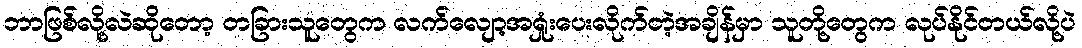
ဘာဖြစ်လို့လဲဆိုတော့ တခြားသူတွေက လက်လျော့အရှုံးပေးလိုက်တဲ့အချိန်မှာ သူတို့တွေက လုပ်နိုင်တယ်လို့ပဲ